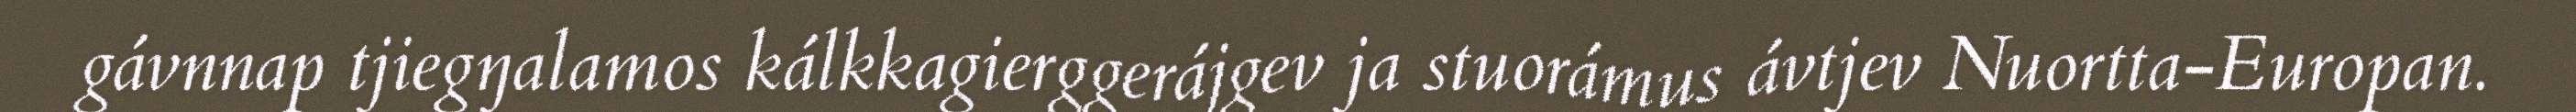
gávnnap tjiegŋalamos kálkkagierggerájgev ja stuorámus ávtjev Nuortta-Europan.